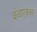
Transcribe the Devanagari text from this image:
इंडएक्स